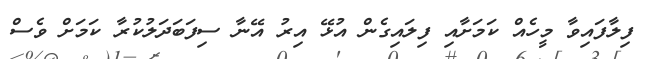
ފިލާފައިވާ މީހެއް ކަމަށާއި ފިލައިގެން އުޅޭ އިރު އޭނާ ސިފަބަދަލުކުރާ ކަމަށް ވެސް